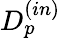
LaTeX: D_{p}^{(in)}